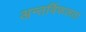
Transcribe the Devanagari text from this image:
अन्तर्विफलता